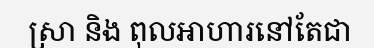
ស្រា និង ពុលអាហារនៅតែជា